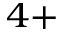
^ { 4 + }